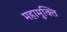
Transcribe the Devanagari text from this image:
महामुक्ति